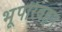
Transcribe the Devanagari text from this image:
भूपरिवहन